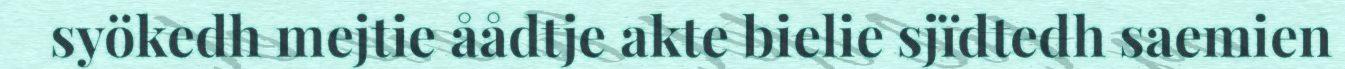
syökedh mejtie åådtje akte bielie sjïdtedh saemien